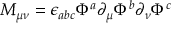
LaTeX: M _ { \mu \nu } = \epsilon _ { a b c } \Phi ^ { a } \partial _ { \mu } \Phi ^ { b } \partial _ { \nu } \Phi ^ { c }